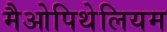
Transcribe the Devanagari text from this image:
मैओपिथेलियम